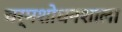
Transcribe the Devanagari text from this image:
चर्मशोधनशाला